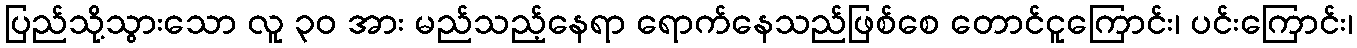
ပြည်သို့သွားသော လူ ၃၀ အား မည်သည့်နေရာ ရောက်နေသည်ဖြစ်စေ တောင်ငူကြောင်း၊ ပင်းကြောင်း၊